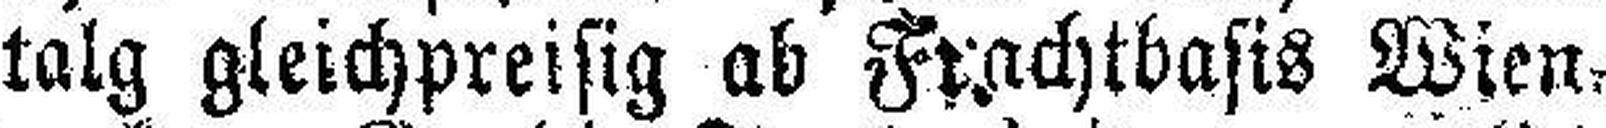
talg gleichpreisig ab Frachtbasis Wien.